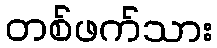
တစ်ဖက်သား